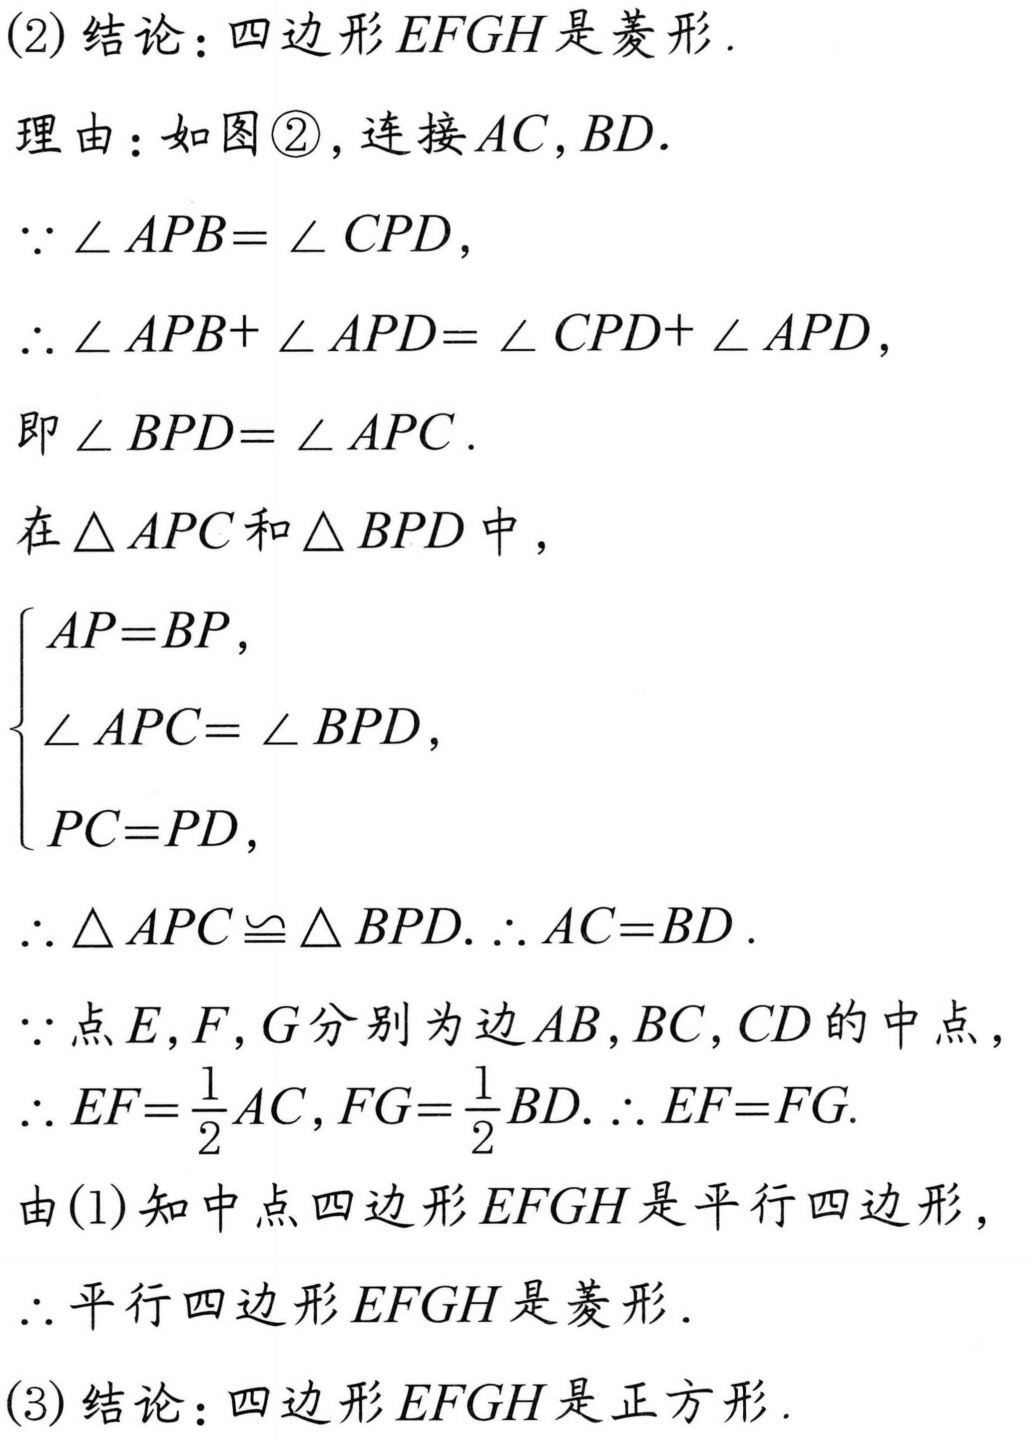
(2) 结论：四边形\(EFGH\)是菱形.
理由：如图\textcircled{2}，连接\(AC,BD\).
\(\because\angle APB = \angle CPD\)，
\(\therefore\angle APB+\angle APD=\angle CPD+\angle APD\)，
即\(\angle BPD=\angle APC\).
在\(\triangle APC\)和\(\triangle BPD\)中，
\(\begin{cases}
AP = BP,\\
\angle APC=\angle BPD,\\
PC = PD,
\end{cases}\)
\(\therefore\triangle APC\cong\triangle BPD.\therefore AC = BD\).
\(\because\)点\(E,F,G\)分别为边\(AB,BC,CD\)的中点，
\(\therefore EF=\frac{1}{2}AC,FG = \frac{1}{2}BD.\therefore EF = FG\).
由(1)知中点四边形\(EFGH\)是平行四边形，
\(\therefore\)平行四边形\(EFGH\)是菱形.
(3) 结论：四边形\(EFGH\)是正方形.